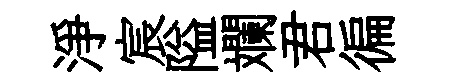
淨宸隘斕君徧